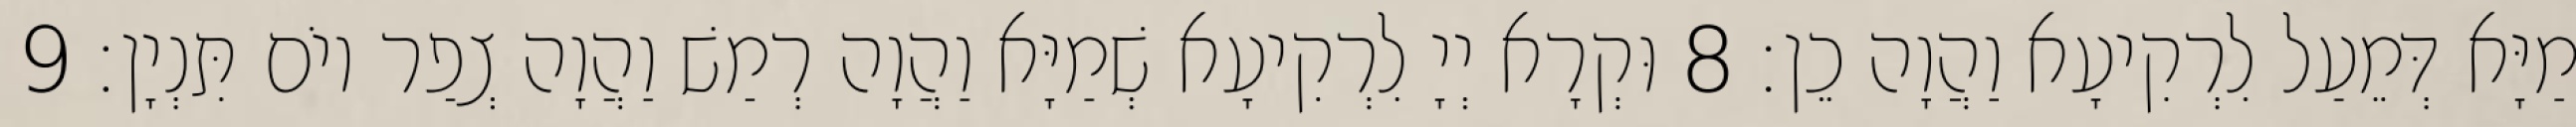
מַיָּא דְּמֵעַל לִרְקִיעָא וַהֲוָה כֵן׃ 8 וּקְרָא יְיָ לִרְקִיעָא שְׁמַיָּא וַהֲוָה רְמַשׁ וַהֲוָה צְפַר יוֹם תִּנְיָן׃ 9